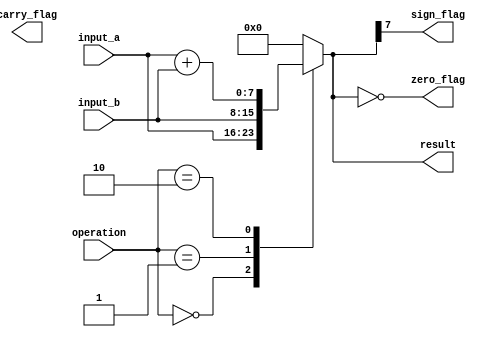
module alu_8bit (
	input [7:0] input_a,
	input [7:0] input_b,
	input [4:0] operation,
	output reg [7:0] result,
	output reg zero_flag,
	output reg sign_flag,
	output reg carry_flag
	);
	
	always @(*) begin
		case(operation)
			0: result = input_a;
			1: result = input_b;
			2: {carry, result} = input_a + input_b;
			default: result = 8'h00;
		endcase
		zero_flag = (result == 8'h00);
		sign_flag = result[7];
	end
endmodule